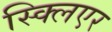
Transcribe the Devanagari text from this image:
स्क्लिएर